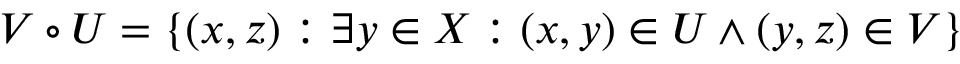
V \circ U = \{ ( x , z ) : \exists y \in X : ( x , y ) \in U \wedge ( y , z ) \in V \}